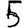
Digit: 5